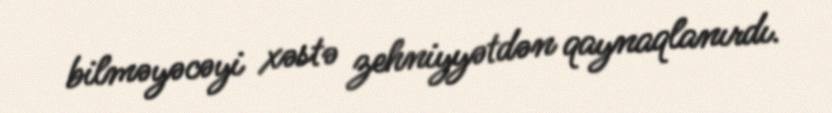
bilməyəcəyi xəstə zehniyyətdən qaynaqlanırdı.